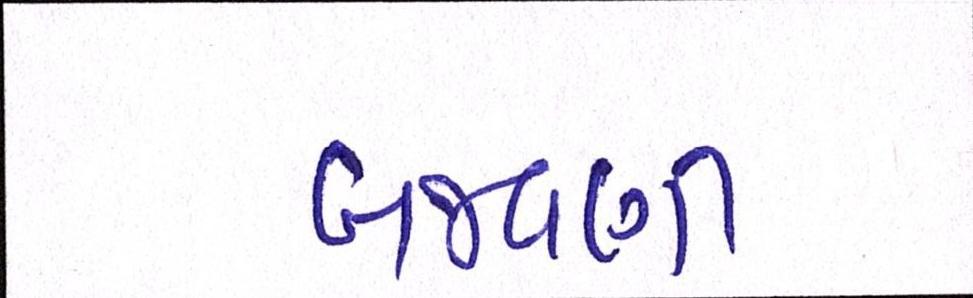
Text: બજવણી